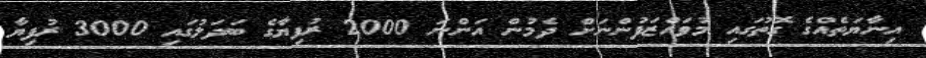
އިނާޔަތެއްގެ ގޮތުގައި މުވައްޒަފުންނަށް ދެމުން އަންނަ 2000 ރުފިޔާގެ ބަދަލުގައި 3000 ރުފިޔާ